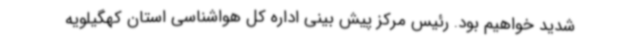
شدید خواهیم بود. رئیس مرکز پیش بینی اداره کل هواشناسی استان کهگیلویه